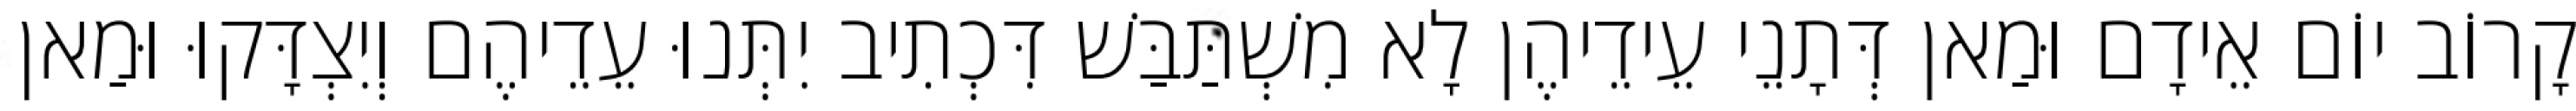
קָרוֹב יוֹם אֵידָם וּמַאן דְּתָנֵי עֵידֵיהֶן לָא מִשְׁתַּבַּשׁ דִּכְתִיב יִתְּנוּ עֵדֵיהֶם וְיִצְדָּקוּ וּמַאן